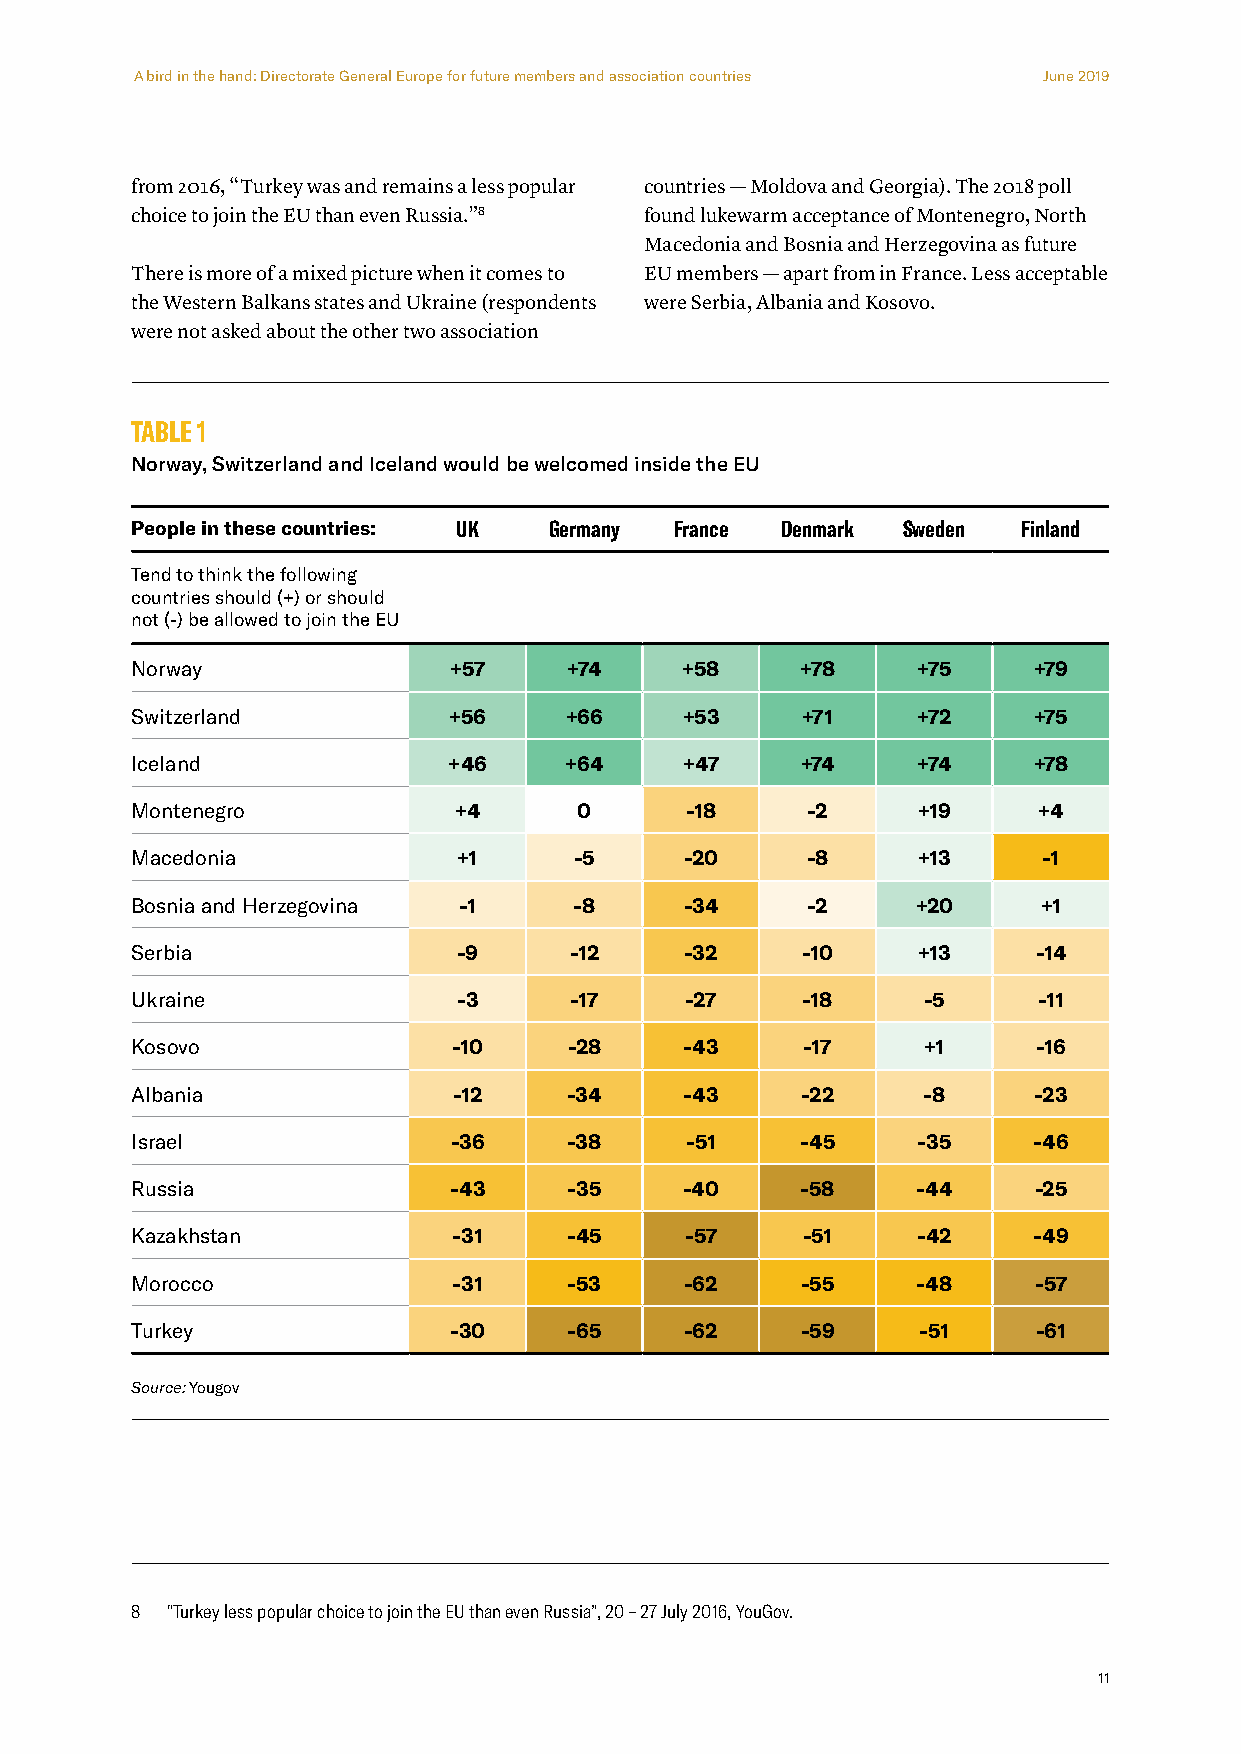
A bird in the hand: Directorate General Europe for future members and association countries June 2019
 from 2016, “Turkey was and remains a less popular countries — Moldova and Georgia). The 2018 poll
 choice to join the EU than even Russia.”8 found lukewarm acceptance of Montenegro, North
 Macedonia and Bosnia and Herzegovina as future
 There is more of a mixed picture when it comes to EU members — apart from in France. Less acceptable
 the Western Balkans states and Ukraine (respondents were Serbia, Albania and Kosovo.
 were not asked about the other two association
 TABLE 1
 Norway, Switzerland and Iceland would be welcomed inside the EU
 People in these countries: UK Germany France Denmark Sweden Finland
 Tend to think the following
 countries should (+) or should
 not (-) be allowed to join the EU
 Norway               +57     +74    +58     +78     +75    +79
 Switzerland          +56    +66     +53     +71     +72    +75
 Iceland              +46    +64     +47     +74     +74    +78
 Montenegro           +4      0      -18     -2      +19     +4
 Macedonia            +1      -5     -20     -8      +13     -1
 Bosnia and Herzegovina -1    -8     -34     -2      +20     +1
 Serbia               -9      -12    -32     -10     +13     -14
 Ukraine              -3      -17    -27     -18     -5      -11
 Kosovo               -10     -28    -43     -17     +1      -16
 Albania              -12     -34    -43     -22     -8     -23
 Israel               -36     -38    -51     -45     -35    -46
 Russia               -43     -35    -40     -58     -44    -25
 Kazakhstan           -31    -45     -57     -51     -42    -49
 Morocco              -31     -53    -62     -55     -48    -57
 Turkey               -30     -65    -62     -59     -51     -61
 Source: Yougov
 8 "Turkey less popular choice to join the EU than even Russia”, 20 – 27 July 2016, YouGov.
 11